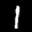
Label: 1